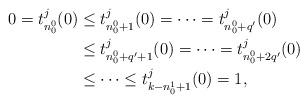
LaTeX: \begin{align*}\begin{aligned}0 = t_{n_0^0}^j(0) &\leq t_{n_0^0+1}^j(0) = \dots = t_{n_0^0+q'}^j(0) \\&\leq t_{n_0^0+q'+1}^j(0) = \dots = t_{n_0^0+2q'}^j(0) \\&\leq \dots \leq t_{k-n_0^1+1}^j(0) = 1, \end{aligned}\end{align*}